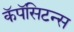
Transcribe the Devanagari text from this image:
कॅपॅसिटन्स